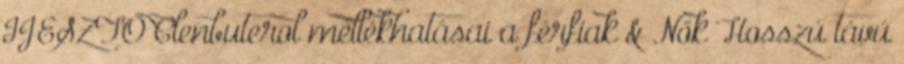
IJESZTŐ Clenbuterol mellékhatásai a férfiak & Nők Hosszú távú